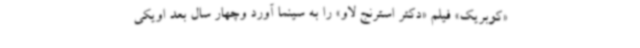
«کوبریک» فیلم «دکتر استرنج لاو» را به سینما آورد وچهار سال بعد اویکی